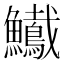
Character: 𩽠